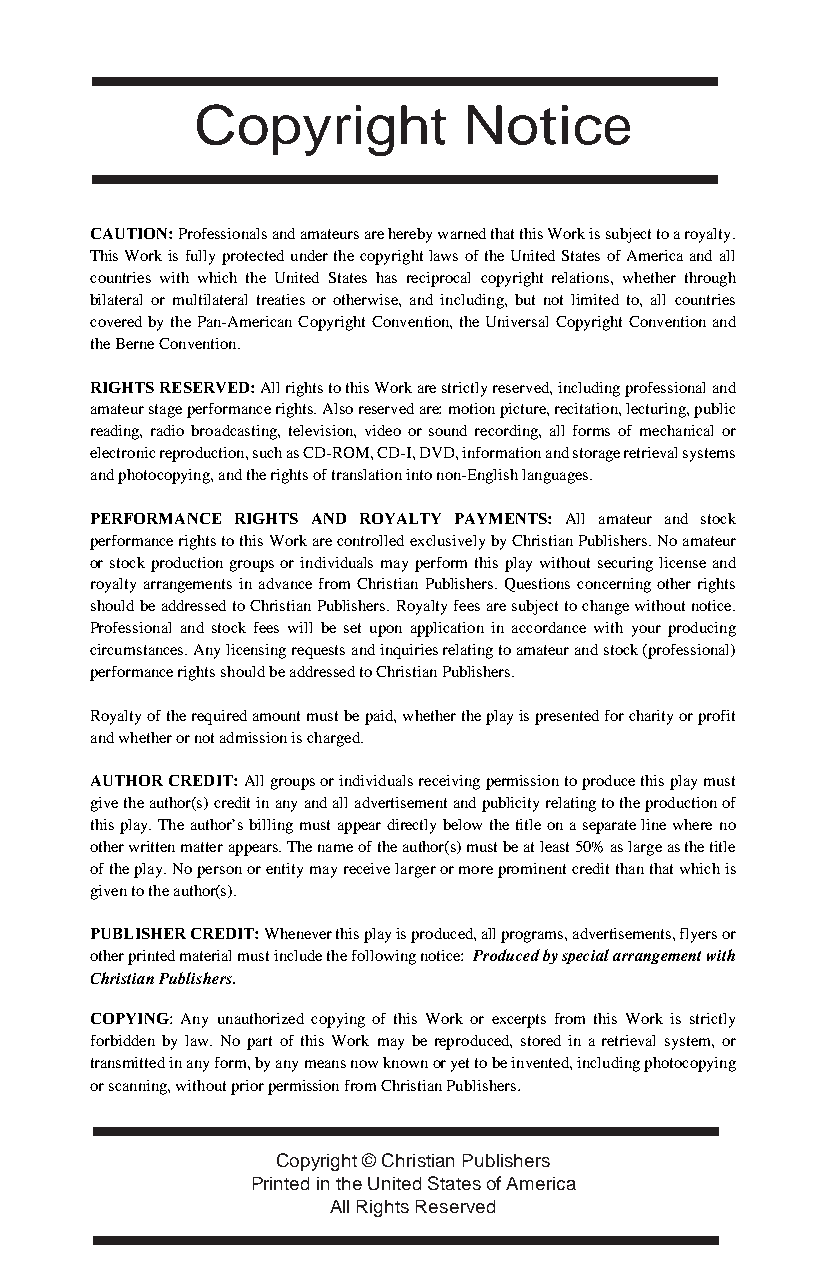
Copyright         Notice
 CAUTION: Professionals and amateurs are hereby warned that this Work is subject to a royalty.
 This Work is fully protected under the copyright laws of the United States of America and all
 countries with which the United States has reciprocal copyright relations, whether through
 bilateral or multilateral treaties or otherwise, and including, but not limited to, all countries
 covered by the Pan-American Copyright Convention, the Universal Copyright Convention and
 the Berne Convention.
 RIGHTS RESERVED: All rights to this Work are strictly reserved, including professional and
 amateur stage performance rights. Also reserved are: motion picture, recitation, lecturing, public
 reading, radio broadcasting, television, video or sound recording, all forms of mechanical or
 electronic reproduction, such as CD-ROM, CD-I, DVD, information and storage retrieval systems
 and photocopying, and the rights of translation into non-English languages.
 PERFORMANCE RIGHTS AND ROYALTY PAYMENTS: All amateur and stock
 performance rights to this Work are controlled exclusively by Christian Publishers. No amateur
 or stock production groups or individuals may perform this play without securing license and
 royalty arrangements in advance from Christian Publishers. Questions concerning other rights
 should be addressed to Christian Publishers. Royalty fees are subject to change without notice.
 Professional and stock fees will be set upon application in accordance with your producing
 circumstances. Any licensing requests and inquiries relating to amateur and stock (professional)
 performance rights should be addressed to Christian Publishers.
 Royalty of the required amount must be paid, whether the play is presented for charity or profit
 and whether or not admission is charged.
 AUTHOR CREDIT: All groups or individuals receiving permission to produce this play must
 give the author(s) credit in any and all advertisement and publicity relating to the production of
 this play. The author’s billing must appear directly below the title on a separate line where no
 other written matter appears. The name of the author(s) must be at least 50% as large as the title
 of the play. No person or entity may receive larger or more prominent credit than that which is
 given to the author(s).
 PUBLISHER CREDIT: Whenever this play is produced, all programs, advertisements, flyers or
 other printed material must include the following notice: Produced by special arrangement with
 Christian Publishers.
 COPYING: Any unauthorized copying of this Work or excerpts from this Work is strictly
 forbidden by law. No part of this Work may be reproduced, stored in a retrieval system, or
 transmitted in any form, by any means now known or yet to be invented, including photocopying
 or scanning, without prior permission from Christian Publishers.
 Copyright © Christian Publishers
 Printed in the United States of America
 All Rights Reserved